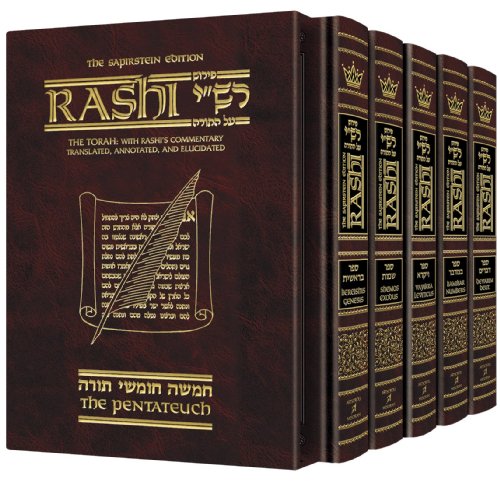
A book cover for Sapirstein Edition Rashi: The Torah with Rashi's Commentary Translated, Annotated and Elucidated, Vols. 1-5 [Box Set, Full Size]: Genesis, Exodus, Leviticus, Numbers, Deuteronomy; Rabbi Yisrael Herczeg; Religion & Spirituality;